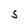
Character: S